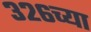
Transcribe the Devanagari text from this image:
३२६च्या